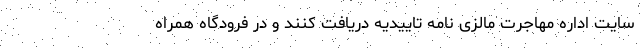
سایت اداره مهاجرت مالزی نامه تاییدیه دریافت کنند و در فرودگاه همراه